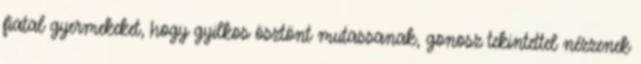
fiatal gyermekeket, hogy gyilkos ösztönt mutassanak, gonosz tekintettel nézzenek